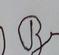
Signature authenticity: forged